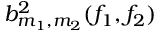
b _ { m _ { 1 } , m _ { 2 } } ^ { 2 } ( f _ { 1 } , f _ { 2 } )